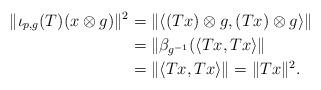
LaTeX: \begin{align*} \|\iota_{p,g}(T)(x\otimes g)\|^2 &= \|\langle (Tx)\otimes g, (Tx)\otimes g\rangle\| \\ &= \|\beta_{g^{-1}}(\langle Tx, Tx\rangle\| \\ &= \|\langle Tx, Tx\rangle\|=\|Tx\|^2.\end{align*}